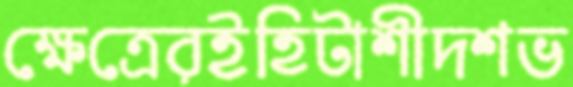
ক্ষেত্রেরইহিটাশীদশভ